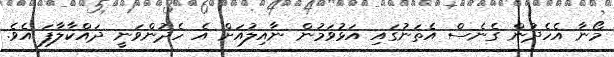
މޯނާ އެހެދުން ގެނެސް އެތަނުގައި އަޅުވަމުން ނާއިލުއަށް އެ ހެދުންވަނީ ދައްކާލާފަ އެވެ.